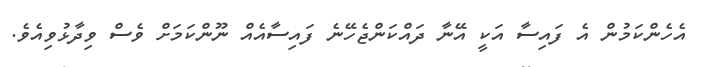
އެހެންކަމުން އެ ފައިސާ އަކީ އޭނާ ދައްކަންޖެހޭނެ ފައިސާއެއް ނޫންކަމަށް ވެސް ވިދާޅުވިއެވެ.